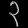
Digit: ၃